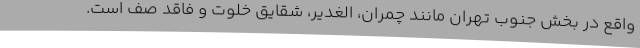
واقع در بخش جنوب تهران مانند چمران، الغدیر، شقایق خلوت و فاقد صف است.